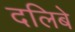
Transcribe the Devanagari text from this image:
दलिबे